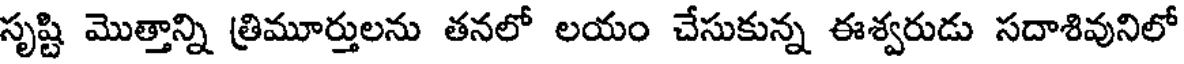
సృష్టి మొత్తాన్ని త్రిమూర్తులను తనలో లయం చేసుకున్న ఈశ్వరుడు సదాశివునిలో